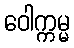
ဝေါက္ကမ္မ